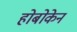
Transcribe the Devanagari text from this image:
होबोकेन